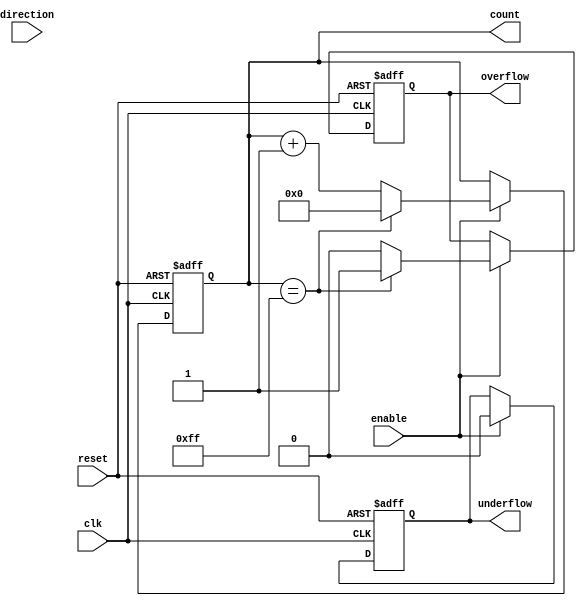
module parameterized_counter #(
    parameter WIDTH = 8,           // Number of bits for the counter
    parameter MODE = "UP"          // Counting mode: "UP", "DOWN", "UP_DOWN"
) (
    input wire clk,                // Clock signal
    input wire reset,              // Asynchronous reset signal
    input wire enable,             // Enable counting signal
    input wire direction,          // Direction control for UP_DOWN mode
    output reg [WIDTH-1:0] count,  // Current count value
    output reg overflow,           // Overflow flag
    output reg underflow           // Underflow flag
);

    // Internal parameters for counting modes
    localparam UP = 2'b00;
    localparam DOWN = 2'b01;
    localparam UP_DOWN = 2'b10;

    // Determine the counting mode
    wire [1:0] count_mode;
    generate
        if (MODE == "UP") begin
            assign count_mode = UP;
        end else if (MODE == "DOWN") begin
            assign count_mode = DOWN;
        end else if (MODE == "UP_DOWN") begin
            assign count_mode = UP_DOWN;
        end else begin
            initial begin
                $error("Invalid counting mode specified.");
                $finish;
            end
        end
    endgenerate

    // Initialize count and flags
    initial begin
        count = 0;
        overflow = 0;
        underflow = 0;
    end

    // Counter logic
    always @(posedge clk or posedge reset) begin
        if (reset) begin
            count <= 0;
            overflow <= 0;
            underflow <= 0;
        end else if (enable) begin
            case (count_mode)
                UP: begin
                    if (count == {WIDTH{1'b1}}) begin
                        count <= 0; // Wrap around
                        overflow <= 1; // Set overflow flag
                    end else begin
                        count <= count + 1;
                        overflow <= 0; // Clear overflow flag
                    end
                    underflow <= 0; // Clear underflow flag
                end

                DOWN: begin
                    if (count == 0) begin
                        count <= 0; // Stay at zero
                        underflow <= 1; // Set underflow flag
                    end else begin
                        count <= count - 1;
                        underflow <= 0; // Clear underflow flag
                    end
                    overflow <= 0; // Clear overflow flag
                end

                UP_DOWN: begin
                    if (direction) begin
                        if (count == {WIDTH{1'b1}}) begin
                            count <= 0; // Wrap around
                            overflow <= 1; // Set overflow flag
                        end else begin
                            count <= count + 1;
                            overflow <= 0; // Clear overflow flag
                        end
                        underflow <= 0; // Clear underflow flag
                    end else begin
                        if (count == 0) begin
                            count <= 0; // Stay at zero
                            underflow <= 1; // Set underflow flag
                        end else begin
                            count <= count - 1;
                            underflow <= 0; // Clear underflow flag
                        end
                        overflow <= 0; // Clear overflow flag
                    end
                end

                default: begin
                    // This should not happen due to the generate block
                    count <= 0;
                    overflow <= 0;
                    underflow <= 0;
                end
            endcase
        end
    end
endmodule